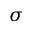
\sigma